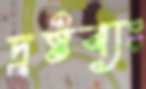
দ্রষ্টব্যঃ